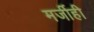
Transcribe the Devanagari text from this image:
मर्जीही